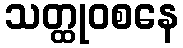
သတ္ထုဝစနေ